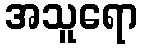
အသူရော